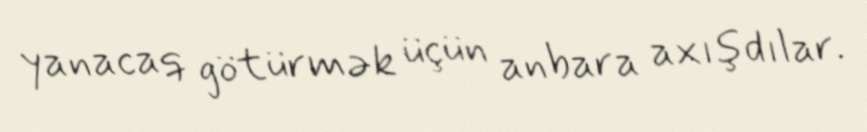
yanacaq götürmək üçün anbara axışdılar.